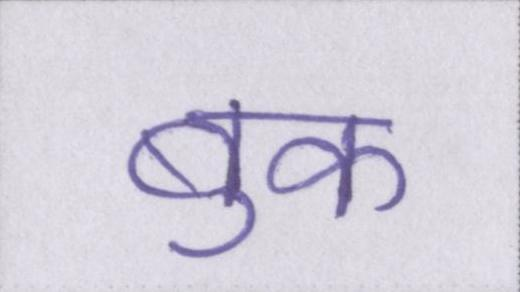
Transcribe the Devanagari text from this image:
बुक